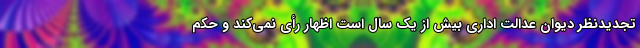
تجدیدنظر دیوان عدالت اداری بیش از یک سال است اظهار رأی نمی‌کند و حکم